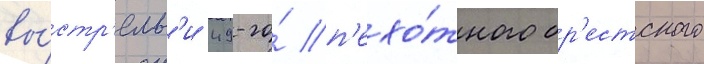
вы́стр'елам'и 49-го́ п'ехо́тного бр'естского